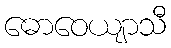
ဓောဝေယျာသီ